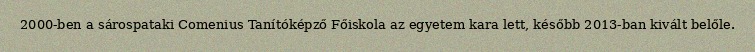
2000-ben a sárospataki Comenius Tanítóképző Főiskola az egyetem kara lett, később 2013-ban kivált belőle.